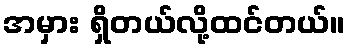
အမှား ရှိတယ်လို့ထင်တယ်။